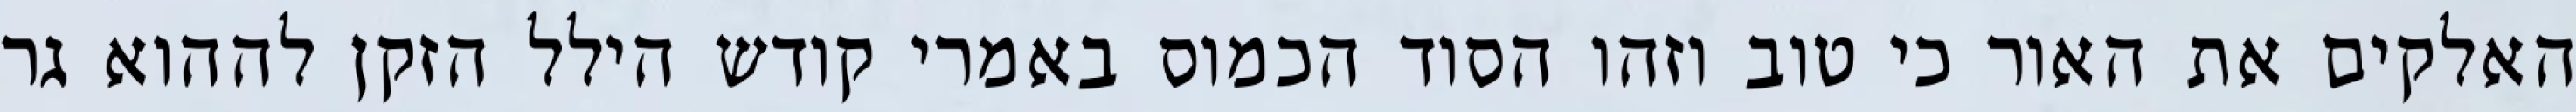
האלקים את האור כי טוב וזהו הסוד הכמוס באמרי קודש הילל הזקן לההוא גר